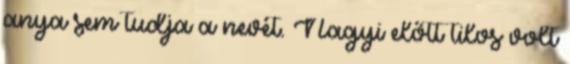
anya sem tudja a nevét. Nagyi előtt tilos volt